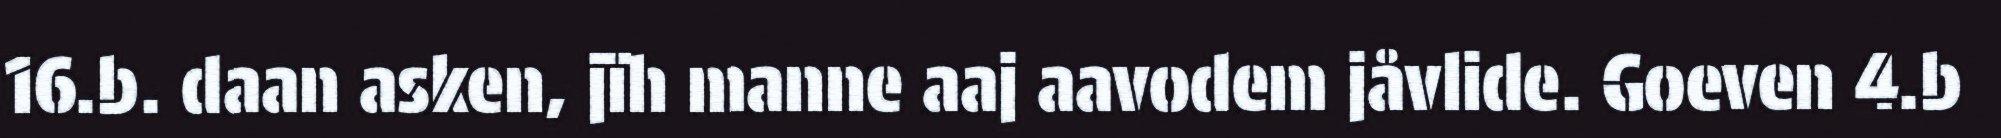
16.b. daan asken, jïh manne aaj aavodem jåvlide. Goeven 4.b